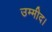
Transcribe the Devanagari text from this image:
उम्मीद।